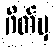
ဂိတ်မှ